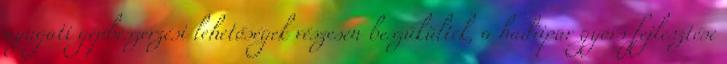
nyugati gépbeszerzési lehetőségek vészesen beszűkültek, a hadiipar gyors fejlesztése